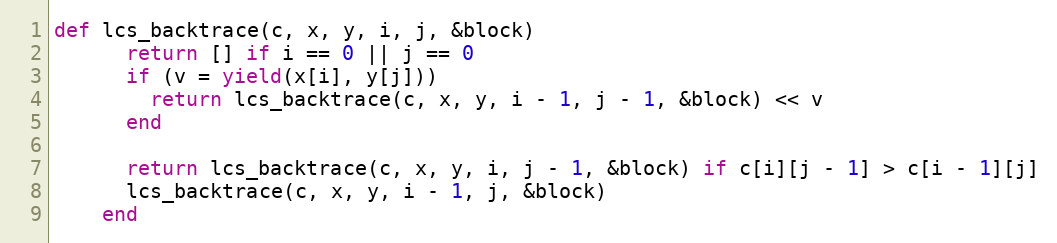
Language: Ruby
def lcs_backtrace(c, x, y, i, j, &block)
      return [] if i == 0 || j == 0
      if (v = yield(x[i], y[j]))
        return lcs_backtrace(c, x, y, i - 1, j - 1, &block) << v
      end

      return lcs_backtrace(c, x, y, i, j - 1, &block) if c[i][j - 1] > c[i - 1][j]
      lcs_backtrace(c, x, y, i - 1, j, &block)
    end